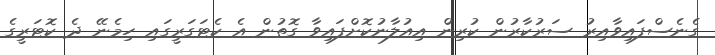
ގެނެސްފައިވާއިރު ސަރުކާރުން ކުރިން އިއުލާނުކޮށްފައިވާ ގޮތުން އެ ކެޓަގަރީގައި ހިމެނޭ ދެ ކޮޓަރީގެ